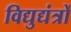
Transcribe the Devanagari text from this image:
विद्युद्यंत्रों